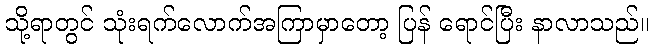
သို့ရာတွင် သုံးရက်လောက်အကြာမှာတော့ ပြန် ရောင်ပြီး နာလာသည်။